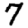
Digit: 7